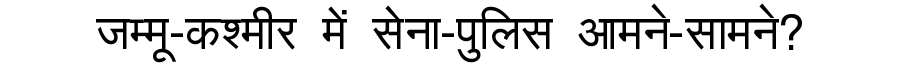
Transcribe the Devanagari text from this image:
जम्मू-कश्मीर में सेना-पुलिस आमने-सामने?